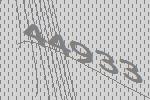
44933